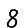
Digit: 8